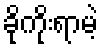
ခိုကိုးရာမဲ့